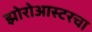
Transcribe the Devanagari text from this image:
झोरोआस्टरचा